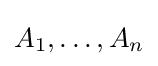
A_{1},\dots ,A_{n}